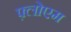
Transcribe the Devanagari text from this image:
फ़्लोएम